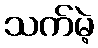
သက်မဲ့